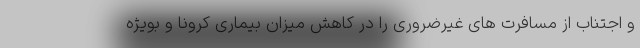
و اجتناب از مسافرت های غیرضروری را در کاهش میزان بیماری کرونا و بویژه